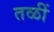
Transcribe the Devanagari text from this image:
तळीं